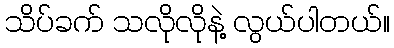
သိပ်ခက် သလိုလိုနဲ့ လွယ်ပါတယ်။